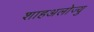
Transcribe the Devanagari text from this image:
शाहअलोज्यु